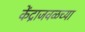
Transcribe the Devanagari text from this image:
केंद्राजवळच्या